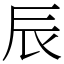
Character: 辰